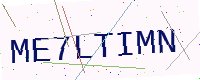
Text: ME7LTIMN